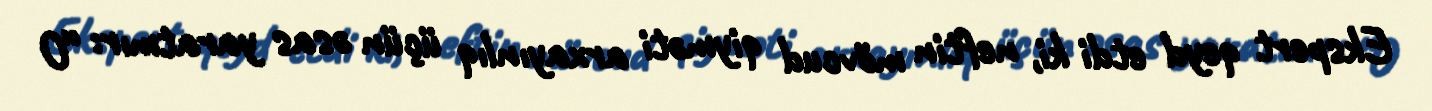
Ekspert qeyd etdi ki, neftin mövcud qiyməti arxayınlıq üçün əsas yaratmır: “O